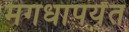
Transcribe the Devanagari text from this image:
मगधापर्यंत